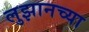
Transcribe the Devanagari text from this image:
लुझानच्या